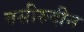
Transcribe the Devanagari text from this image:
नसीरुदीन